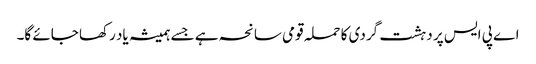
اے پی ایس پر دہشت گردی کا حملہ قومی سانحہ ہے جسے ہمیشہ یاد رکھا جائے گا۔